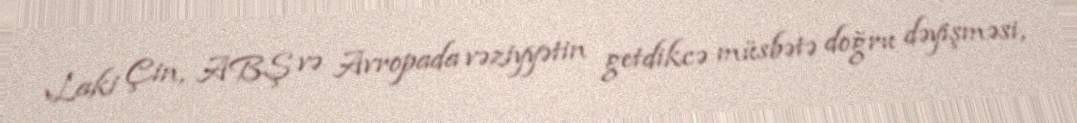
Laki Çin, ABŞ və Avropada vəziyyətin getdikcə müsbətə doğru dəyişməsi,